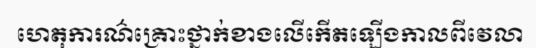
ហេតុការណ៌គ្រោះថ្នាក់ខាងលើកើតឡើងកាលពីវេលា